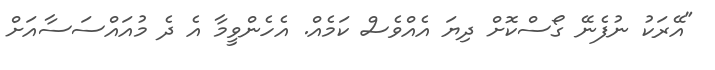
"އޭރަކު ނުފެނޭ ގޯސްކޮށް ދިޔަ އެއްވެސް ކަމެއް. އެހެންވީމާ އެ ދެ މުއައްސަސާއަށް